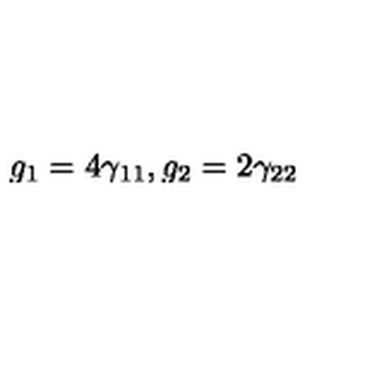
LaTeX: g _ { 1 } = 4 \gamma _ { 1 1 } , g _ { 2 } = 2 \gamma _ { 2 2 }